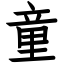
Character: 童